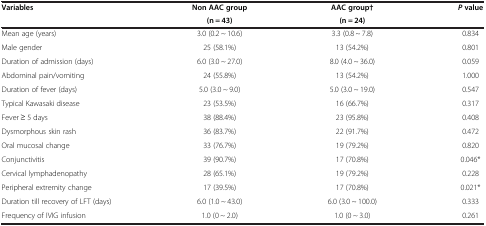
<table><thead><tr><td rowspan="2"><b>Variables</b></td><td><b>Non AAC group</b></td><td><b>AAC group†</b></td><td rowspan="2"><b><i>P </i>value</b></td></tr><tr><td><b>(n = 43)</b></td><td><b>(n = 24)</b></td></tr></thead><tbody><tr><td>Mean age (years)</td><td>3.0 (0.2 ~ 10.6)</td><td>3.3 (0.8 ~ 7.8)</td><td>0.834</td></tr><tr><td>Male gender</td><td>25 (58.1%)</td><td>13 (54.2%)</td><td>0.801</td></tr><tr><td>Duration of admission (days)</td><td>6.0 (3.0 ~ 27.0)</td><td>8.0 (4.0 ~ 36.0)</td><td>0.059</td></tr><tr><td>Abdominal pain/vomiting</td><td>24 (55.8%)</td><td>13 (54.2%)</td><td>1.000</td></tr><tr><td>Duration of fever (days)</td><td>5.0 (3.0 ~ 9.0)</td><td>5.0 (3.0 ~ 19.0)</td><td>0.547</td></tr><tr><td>Typical Kawasaki disease</td><td>23 (53.5%)</td><td>16 (66.7%)</td><td>0.317</td></tr><tr><td>Fever ≥ 5 days</td><td>38 (88.4%)</td><td>23 (95.8%)</td><td>0.408</td></tr><tr><td>Dysmorphous skin rash</td><td>36 (83.7%)</td><td>22 (91.7%)</td><td>0.472</td></tr><tr><td>Oral mucosal change</td><td>33 (76.7%)</td><td>19 (79.2%)</td><td>0.820</td></tr><tr><td>Conjunctivitis</td><td>39 (90.7%)</td><td>17 (70.8%)</td><td>0.046*</td></tr><tr><td>Cervical lymphadenopathy</td><td>28 (65.1%)</td><td>19 (79.2%)</td><td>0.228</td></tr><tr><td>Peripheral extremity change</td><td>17 (39.5%)</td><td>17 (70.8%)</td><td>0.021*</td></tr><tr><td>Duration till recovery of LFT (days)</td><td>6.0 (1.0 ~ 43.0)</td><td>6.0 (3.0 ~ 100.0)</td><td>0.333</td></tr><tr><td>Frequency of IVIG infusion</td><td>1.0 (0 ~ 2.0)</td><td>1.0 (0 ~ 3.0)</td><td>0.261</td></tr></tbody></table>